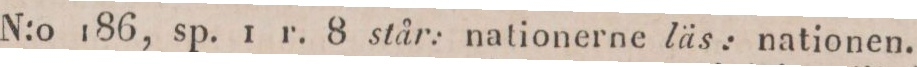
N:o 186, sp. 1 r. 8 står: nationerne läs: nationen.